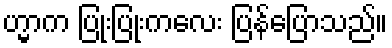
ဟ္မာက ပြုံးပြုံးကလေး ပြန်ပြောသည်။